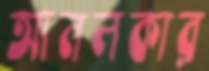
আনলকার